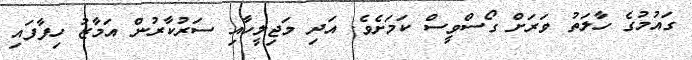
ގައުމުގެ ހާލަތު ވަރަށް ގޯސްވީސް ކަމަށެވެ. އަދި މަޖިލީހާއި ސަރުކާރުން އަމާޒު ހިފާފައި